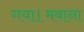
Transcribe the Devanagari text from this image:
गया।मवाना